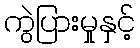
ကွဲပြားမှုနှင့်